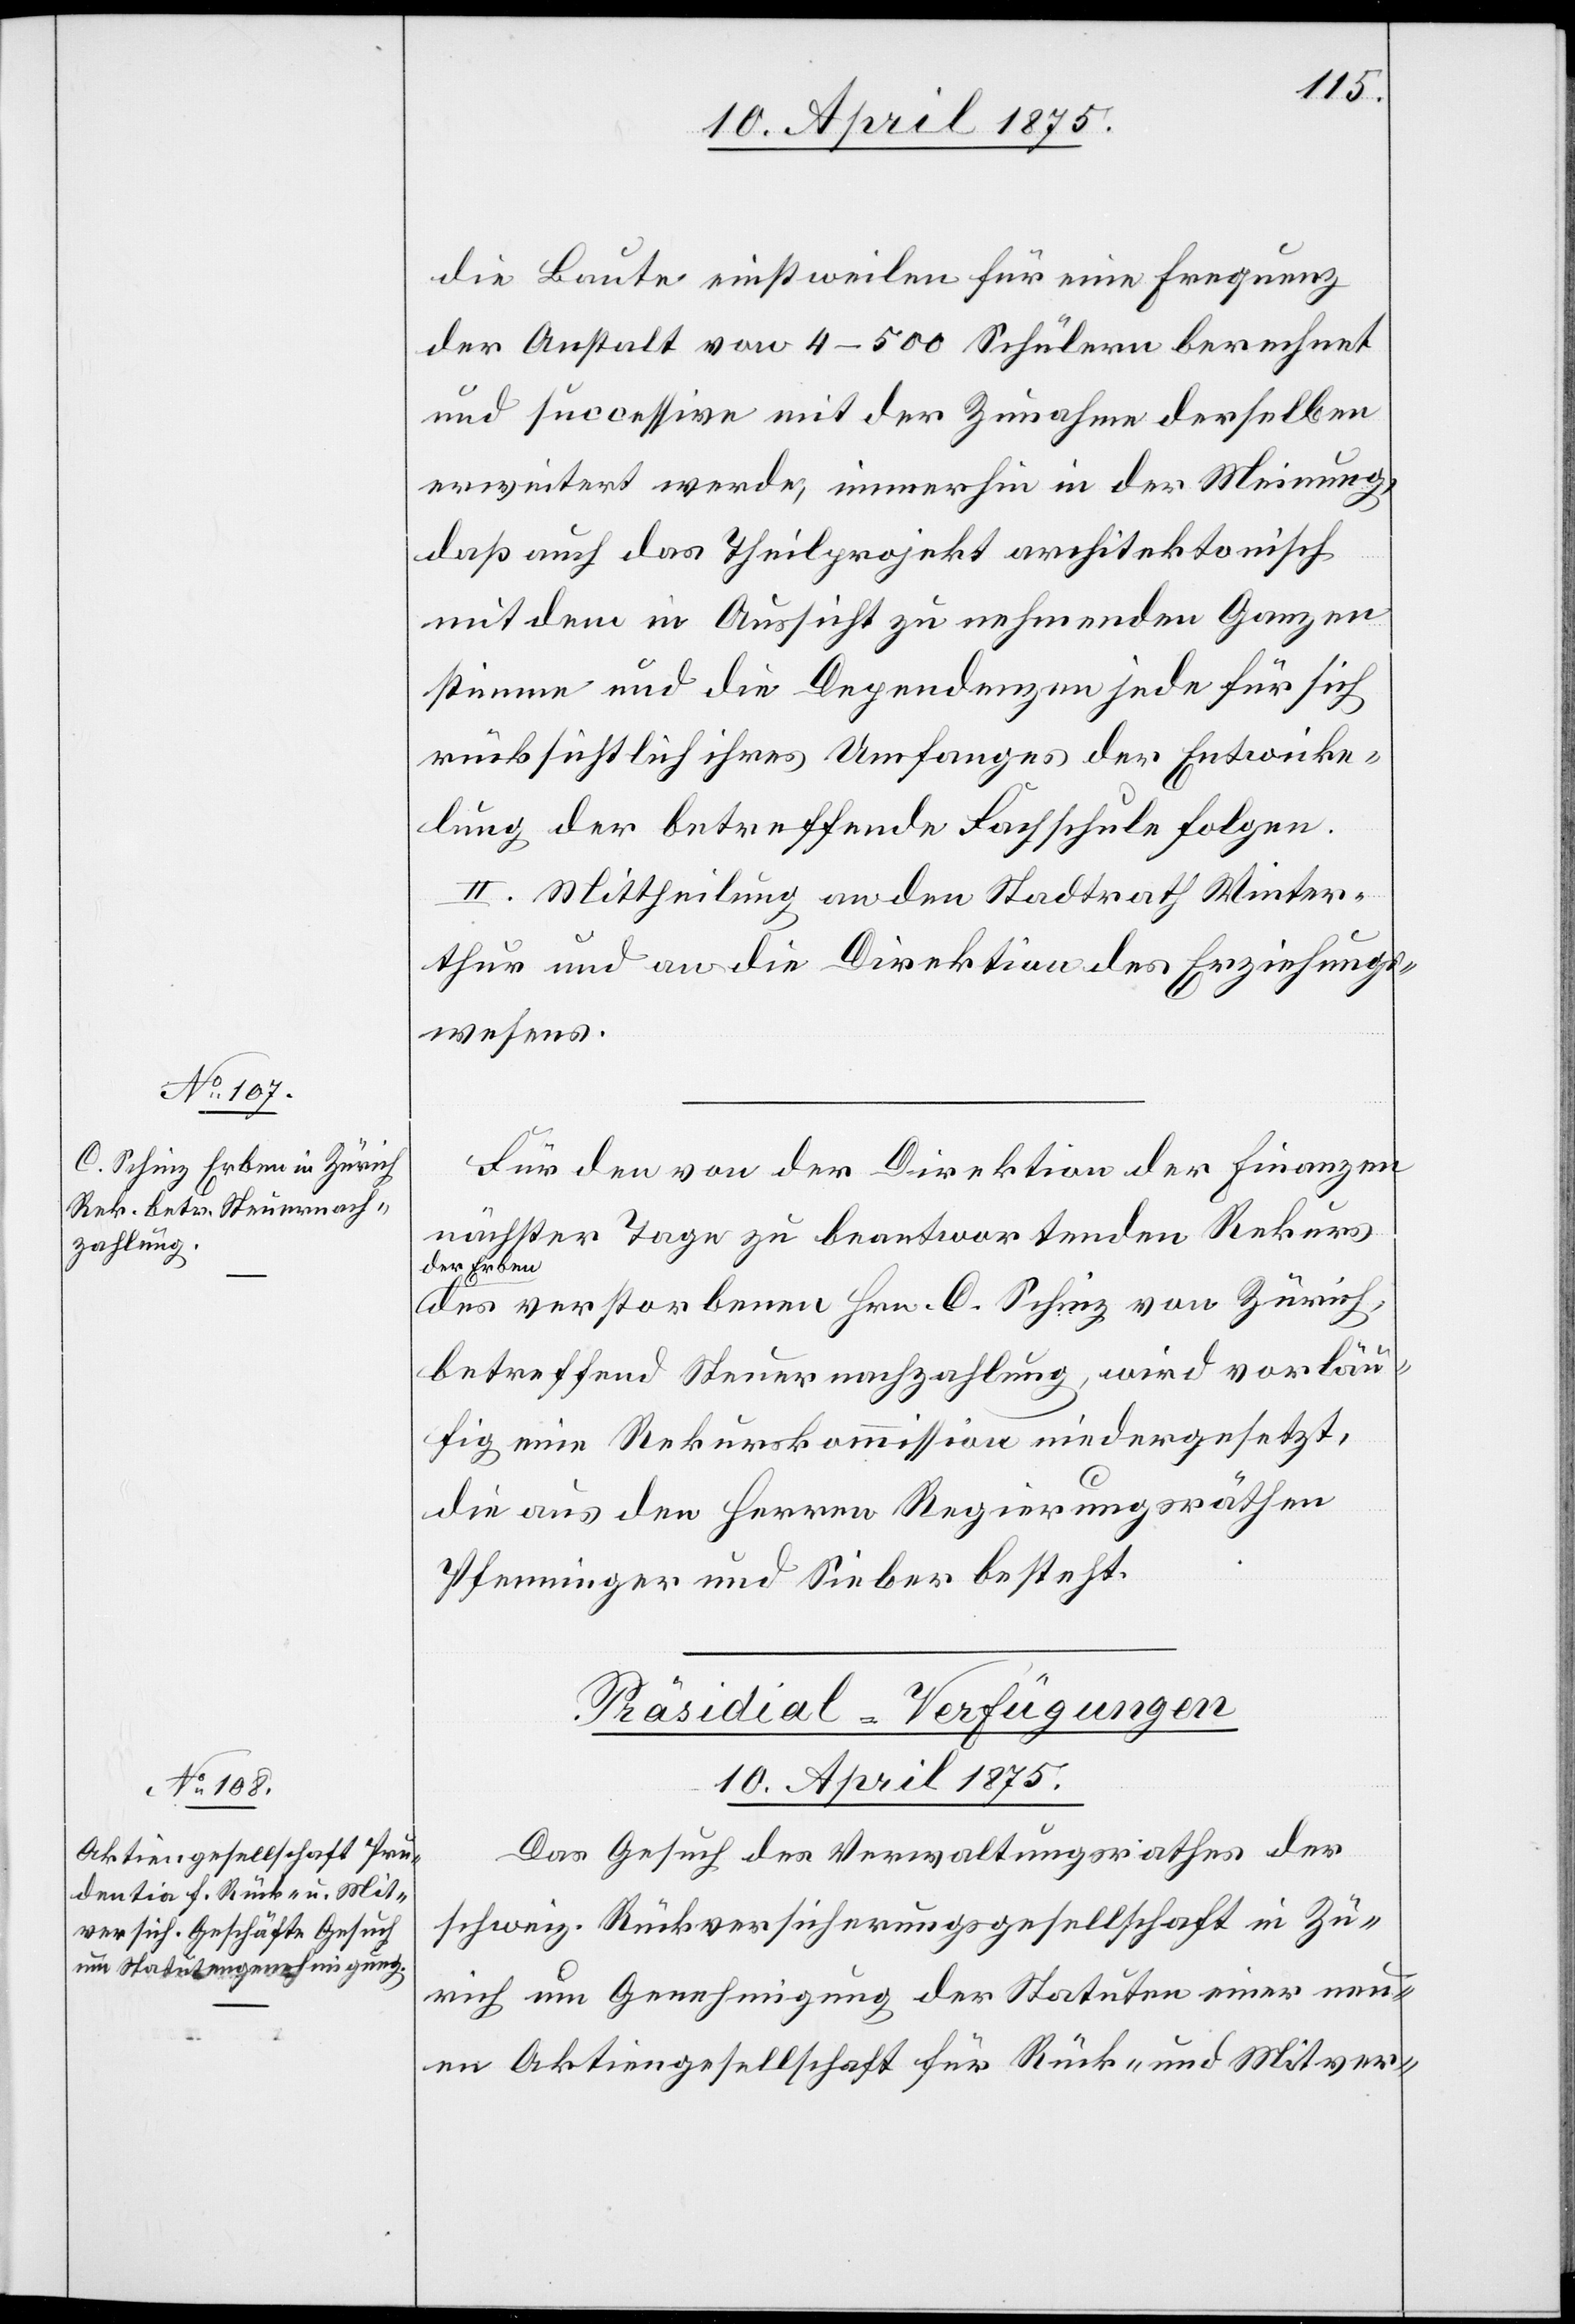
die Baute einstweilen für eine Frequenz
der Anstalt von 4–500 Schülern berechnet
und successive mit der Zunahme derselben
erweitert werde, immerhin in der Meinung,
daß auch das Theilprojekt architektonisch
mit dem in Aussicht zu nehmenden Ganzen
stimme und die Dependenzen jede für sich
rücksichtlich ihres Umfanges der Entwicke¬
lung der betreffende Fachschule folgen.
III. Mittheilung an den Stadtrath Winter¬
thur und an die Direktion des Erziehungs¬
wesen.
Für den von der Direktion der Finanzen
nächster Tage zu beantwortenden Rekurs
a-der Erben-a
des verstorbenen Hrn. C. Schinz von Zürich,
betreffend Steuernachzahlung, wird vorläu¬
fig eine Rekurskommission niedergesetzt,
die aus den Herren Regierungsräthen
Pfenninger und Sieber besteht.
Präsidial-Verfügungen
10. April 1875.
Das Gesuch des Verwaltungsrathes der
schweiz. Rückversicherungsgesellschaft in Zü¬
rich um Genehmigung der Statuten einer neu¬
en Aktiengesellschaft für Rück- und Mitver-